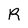
Character: R